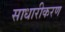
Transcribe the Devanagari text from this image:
साधारीकरण